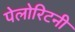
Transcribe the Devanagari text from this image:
पेलोरिटनी